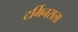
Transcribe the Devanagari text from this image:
टर्मिनसला